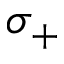
\sigma _ { + }